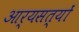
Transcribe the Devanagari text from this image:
आर्यसत्यों